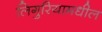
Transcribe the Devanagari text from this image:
लिगुरियामधील